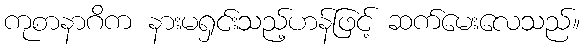
ကုစာနာဂိက နားမရှင်းသည့်ဟန်ဖြင့် ဆက်မေးလေသည်။